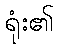
ရုံး၏